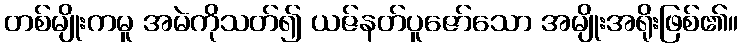
တစ်မျိုးကမူ အမဲကိုသတ်၍ ယဇ်နတ်ပူဇော်သော အမျိုးအရိုးဖြစ်၏။